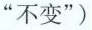
”不变”)